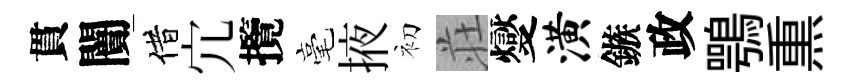
貫闠借宂攬毫掖初荘燮潢鏃政鶚𤋱